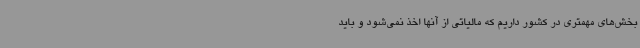
بخش‌های مهمتری در کشور داریم که مالیاتی از آنها اخذ نمی‌شود و باید